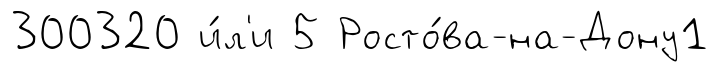
300320 и́л'и 5 Росто́ва-на-Дону1